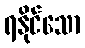
ရနိုင်သော